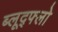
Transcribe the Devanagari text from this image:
ब्लूद्फ्लो